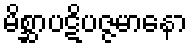
မိစ္ဆာပဋိပဇ္ဇမာနော